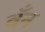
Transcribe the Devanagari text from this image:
वँन